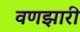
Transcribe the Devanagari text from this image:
वणझारी